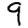
Digit: 9